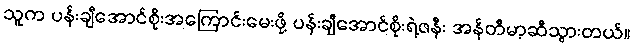
သူက ပန်းချီအောင်စိုးအကြောင်းမေးဖို့ ပန်းချီအောင်စိုးရဲ့ဇနီး အန်တီမာ့ဆီသွားတယ်။